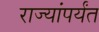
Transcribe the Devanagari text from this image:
राज्यांपर्यंत